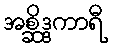
အစ္ဆိဒ္ဒကာရီ